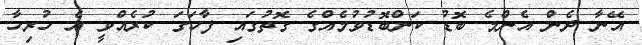
އޭނާ ދެން އެންމެ ބޮޑު ކަންބޮޑުވުމެއްގެ ގޮތުގައި ފާހަގަ ކުރެއްވީ އެ ހުރިހާ